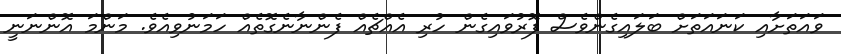
ވައަތަށާއި ކަނައަތަށް ބަލައިގެންވެސް ފޮރުވައިގެން ހުރި އެއްޗެއް ފެންނާނެގޮތެއް ހަމަނުވިއެވެ. މަންމަ އޮންނަނީ